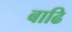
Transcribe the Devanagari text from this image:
बाढि